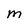
Character: M